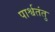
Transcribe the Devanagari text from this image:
पार्श्वतंतु